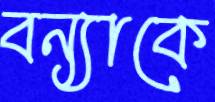
বন্যাকে